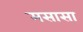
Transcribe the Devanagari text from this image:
मसासा